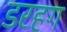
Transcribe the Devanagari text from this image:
डरहग